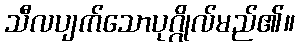
သီလပျက်သောပုဂ္ဂိုလ်မည်၏။